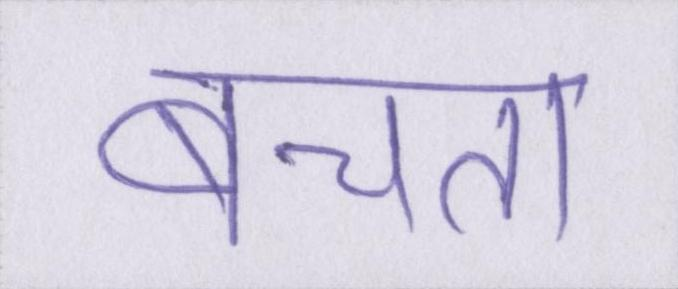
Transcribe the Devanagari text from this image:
बेचता